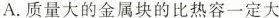
A.质量大的金属块的比热容一定大